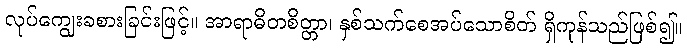
လုပ်ကျွေးခစားခြင်းဖြင့်။ အာရာဓိတစိတ္တာ၊ နှစ်သက်စေအပ်သောစိတ် ရှိကုန်သည်ဖြစ်၍။